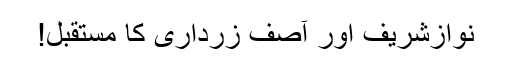
نوازشریف اور آصف زرداری کا مستقبل!